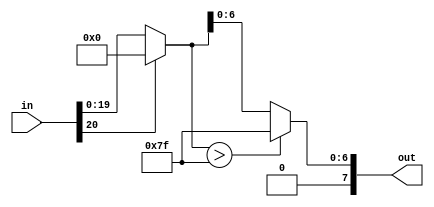
`timescale 1ns/1ns

module ActivationFunction(input[20:0] in, output[7:0] out);
  wire [20:0] relu_out;
  assign relu_out = in[20] ? 21'd0 : in;
  assign out = (relu_out > 21'd127) ? {1'b0, 7'd127} : {1'b0, relu_out[6:0]}; //saturation
endmodule